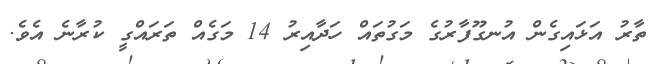
ތާރު އަޅައިގެން އުނގޫފާރުގެ މަގުތައް ހަދާއިރު 14 މަގެއް ތަރައްގީ ކުރާނެ އެވެ.